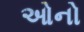
ઓનો